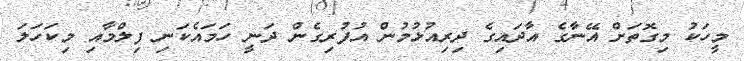
މީހަކު މިގޮތަށް އޭނާގެ އާދައިގެ ދިރިއުޅުމުން އުފުރިގެން ދަނީ ހަމައެކަނި ފިލްމާއި މިކަހަލަ